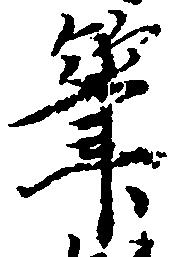
筆